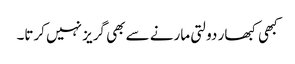
کبھی کبھار دولتی مارنے سے بھی گریز نہیں کرتا۔